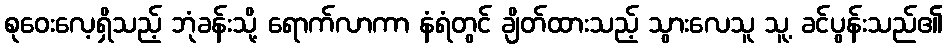
စုဝေးလေ့ရှိသည့် ဘုံခန်းသို့ ရောက်လာကာ နံရံတွင် ချိတ်ထားသည့် သွားလေသူ သူ့ ခင်ပွန်းသည်၏